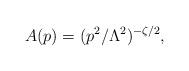
LaTeX: \begin{align*}A(p)=(p^2/\Lambda^2)^{-\zeta/2}, \end{align*}